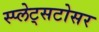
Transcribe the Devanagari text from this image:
स्प्लेट्सटोसर